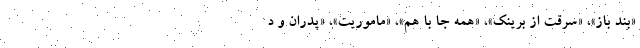
«بند باز»، «سرقت از برینک»، «همه جا با هم»، «ماموریت»، «پدران و د